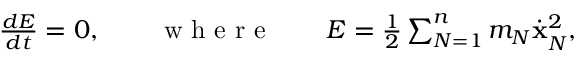
\begin{array} { r } { \frac { d E } { d t } = 0 , \qquad \mathrm { ~ w ~ h ~ e ~ r ~ e ~ } \qquad E = \frac 1 2 \sum _ { N = 1 } ^ { n } m _ { N } \dot { \bf x } _ { N } ^ { 2 } , } \end{array}